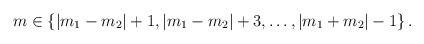
LaTeX: \begin{align*}m \in \{ |m_1-m_2|+1, |m_1-m_2|+3, \ldots ,|m_1+m_2|-1 \}\, .\end{align*}